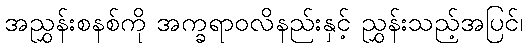
အညွှန်းစနစ်ကို အက္ခရာဝလိနည်းနှင့် ညွှန်းသည့်အပြင်၊